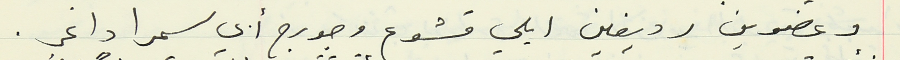
وعضوين رديفين ايلي قشوع وجورج أبي سمرا داغر.